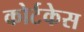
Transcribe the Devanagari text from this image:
कोर्टकेस